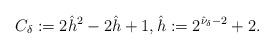
LaTeX: \begin{align*}C_\delta := 2 \hat h^2 - 2 \hat h + 1 , \hat h := 2^{\hat \nu_\delta - 2} + 2.\end{align*}